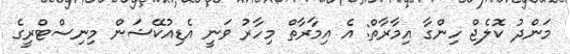
މަންދު ކޮލެޖް ހިންގާ އިމާރާތް: އެ އިމާރާތް މިހާރު ވަނީ އެޑިއުކޭޝަން މިނިސްޓްރީގެ